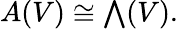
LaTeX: A(V)\cong{\textstyle\bigwedge}(V).